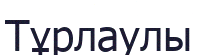
Тұрлаулы